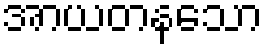
အာယတနသော